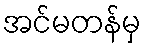
အင်မတန်မှ